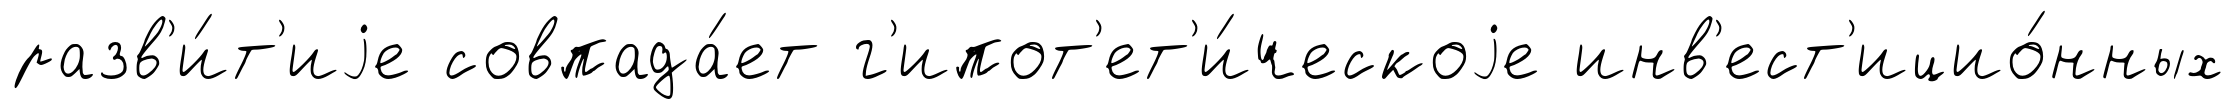
разв'и́т'иjе совпада́ет г'ипот'ет'и́ческоjе инв'ест'ицио́нных